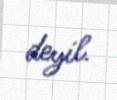
deyil.